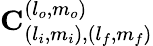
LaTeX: \mathbf{C}_{(l_{i},m_{i}),(l_{f},m_{f})}^{(l_{o},m_{o})}